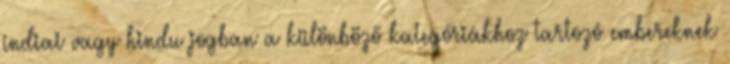
indiai vagy hindu jogban a különböző kategóriákhoz tartozó embereknek